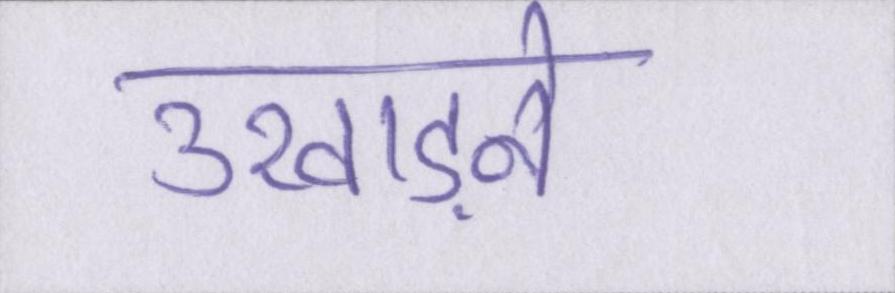
उखाड़ने